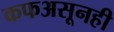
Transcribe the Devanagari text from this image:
कफअसूनही